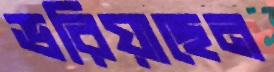
ভরিয়াছেন